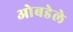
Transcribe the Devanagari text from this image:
ओबडेले